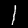
Label: 1